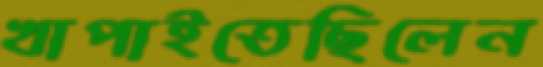
খাপাইতেছিলেন